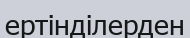
ертінділерден